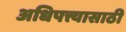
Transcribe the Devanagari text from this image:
अधिपत्त्यासाठी